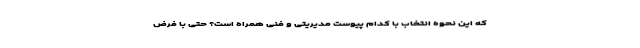
که این نحوه انتخاب با کدام پیوست مدیریتی و فنی همراه است؟ حتی با فرض